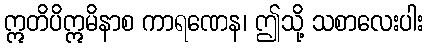
ဣတိပိဣမိနာစ ကာရဏေန၊ ဤသို့ သစာလေးပါး